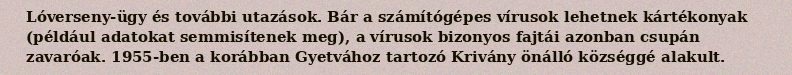
Lóverseny-ügy és további utazások. Bár a számítógépes vírusok lehetnek kártékonyak (például adatokat semmisítenek meg), a vírusok bizonyos fajtái azonban csupán zavaróak. 1955-ben a korábban Gyetvához tartozó Krivány önálló községgé alakult.